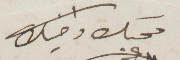
محبك واخيك